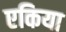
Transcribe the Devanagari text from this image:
एकिया